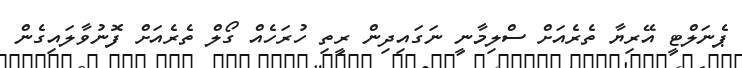
ޕެނަލްޓީ އޭރިޔާ ތެރެއަށް ސްލިމާނީ ނަގައިދިން ރީތި ހުރަހެއް ގޯލް ތެރެއަށް ފޮނުވާލައިގެން